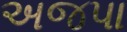
અજપા